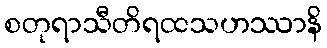
စတုရာသီတိရထသဟဿာနိ